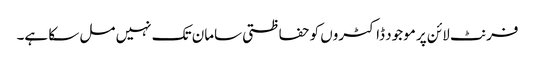
فرنٹ لائن پر موجود ڈاکٹروں کو حفاظتی سامان تک نہیں مل سکا ہے۔